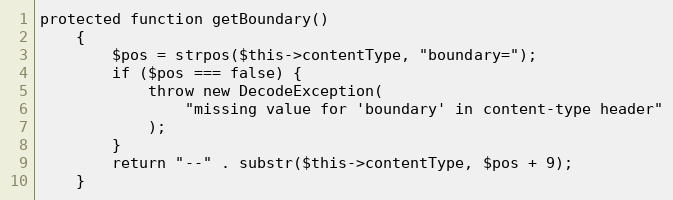
Language: PHP
protected function getBoundary()
    {
        $pos = strpos($this->contentType, "boundary=");
        if ($pos === false) {
            throw new DecodeException(
                "missing value for 'boundary' in content-type header"
            );
        }
        return "--" . substr($this->contentType, $pos + 9);
    }